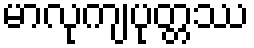
မာလုကျပုတ္တဿ